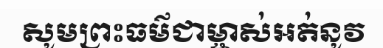
សូមព្រះធម៌ជាម្ចាស់អត់នូវ